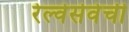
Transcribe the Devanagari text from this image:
रेल्वेसेवेची